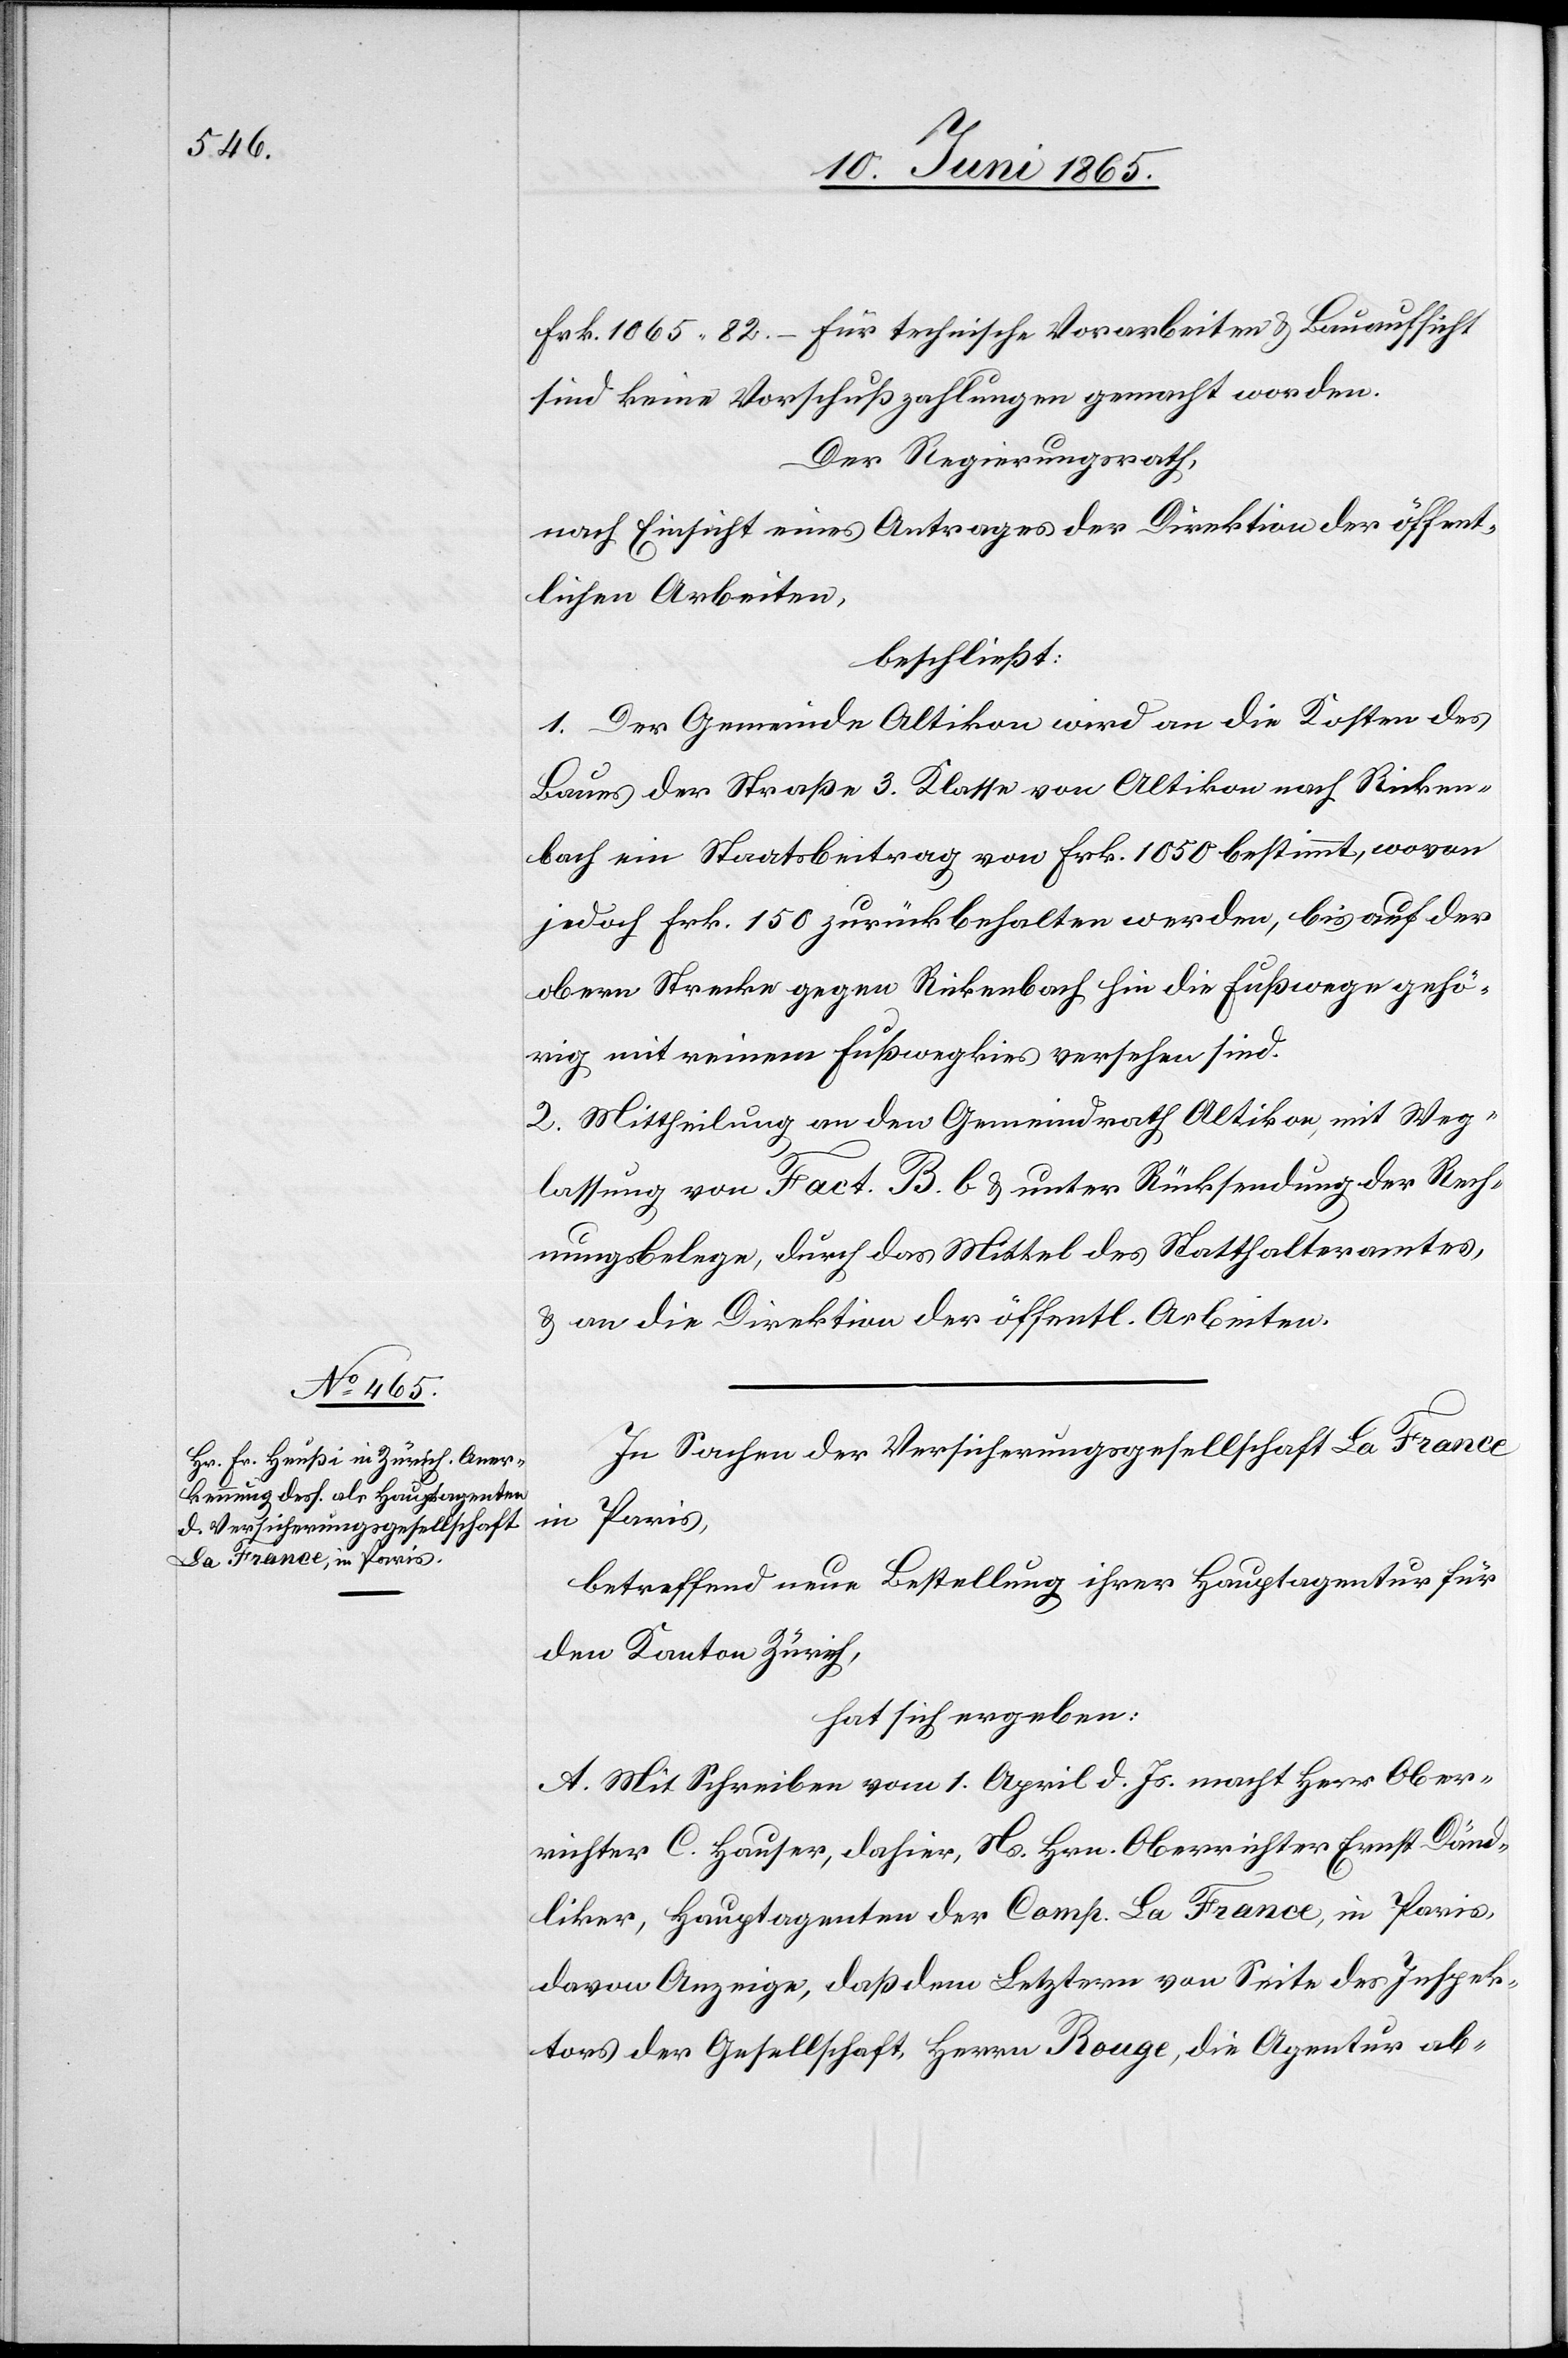
Frk. 1065 82 – Für technische Vorarbeiten & Bauaufsicht
sind keine Vorschußzahlungen gemacht worden.
Der Regierungsrath,
nach Einsicht eines Antrages der Direktion der öffentl.
beschließt:
1. Der Gemeinde Altikon wird an die Kosten des
Baues der Straße 3. Klasse von Altikon nach Ricken¬
bach ein Staatsbeitrag von Frk. 1050 bestimmt, wovon
jedoch Frk. 150 zurückbehalten werden, bis auf der
obern Strecke gegen Rickenbach hin die Fußwege gehö¬
rig mit reinem Fußwegkies versehen sind.
2. Mittheilung an den Gemeindrath Altikon, mit Weg¬
lassung von Fact. B. b & unter Rücksendung der Rech¬
nungsbelege, durch das Mittel des Statthalteramtes,
& an die Direktion der öffentl. Arbeiten.
In Sachen der Versicherungsgesellschaft La France in
Paris,
betreffend neue Bestellung ihrer Hauptagentur für
den Kanton Zürich,
hat sich ergeben:
A. Mit Schreiben vom 1. April d. Js. macht Herr Ober¬
richter C. Hauser, dahier, Ns. Hrn. Oberrichter Ernst Dänd¬
liker, Hauptagenten der Comp. La France, in Paris,
davon Anzeige, das dem Letztern von Seite des Inspek¬
tors der Gesellschaft, Herrn Rouge, die Agentur ab-